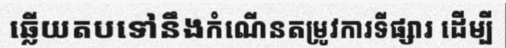
ឆ្លើយតបទៅនឹងកំណើនតម្រូវការទីផ្សារ ដើម្បី